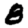
Digit: 8